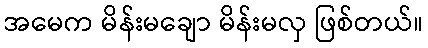
အမေက မိန်းမချော မိန်းမလှ ဖြစ်တယ်။